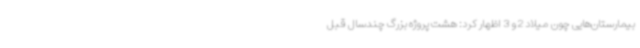
بیمارستان‌هایی چون میلاد 2 و 3 اظهار کرد: هشت پروژه بزرگ چندسال قبل